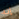
إنه